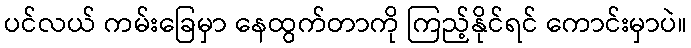
ပင်လယ် ကမ်းခြေမှာ နေထွက်တာကို ကြည့်နိုင်ရင် ကောင်းမှာပဲ။